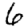
Digit: 6